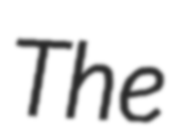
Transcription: The